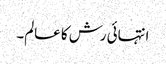
انتہائی رش کا عالم۔